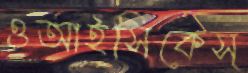
ওআইসিকেস্